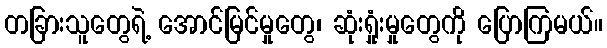
တခြားသူတွေရဲ့ အောင်မြင်မှုတွေ၊ ဆုံးရှုံးမှုတွေကို ပြောကြမယ်။